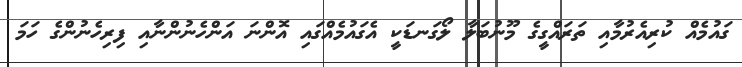
ގައުމެއް ކުރިއެރުމާއި ތަރައްގީގެ މޫނުބަލާ ލޯގަނޑަކީ އެގައުމެއްގައި އޮންނަ އަންހެނުންނާއި ފިރިހެނުންގެ ހަމަ